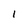
Character: 1